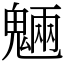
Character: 魎